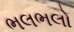
ભલભલો